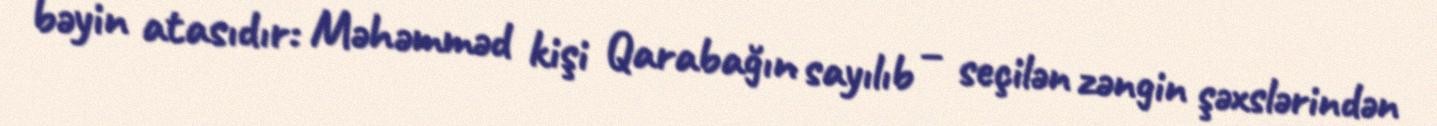
bəyin atasıdır: Məhəmməd kişi Qarabağın sayılıb – seçilən zəngin şəxslərindən